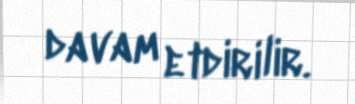
davam etdirilir.